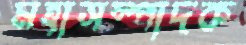
মহাসম্পাদক